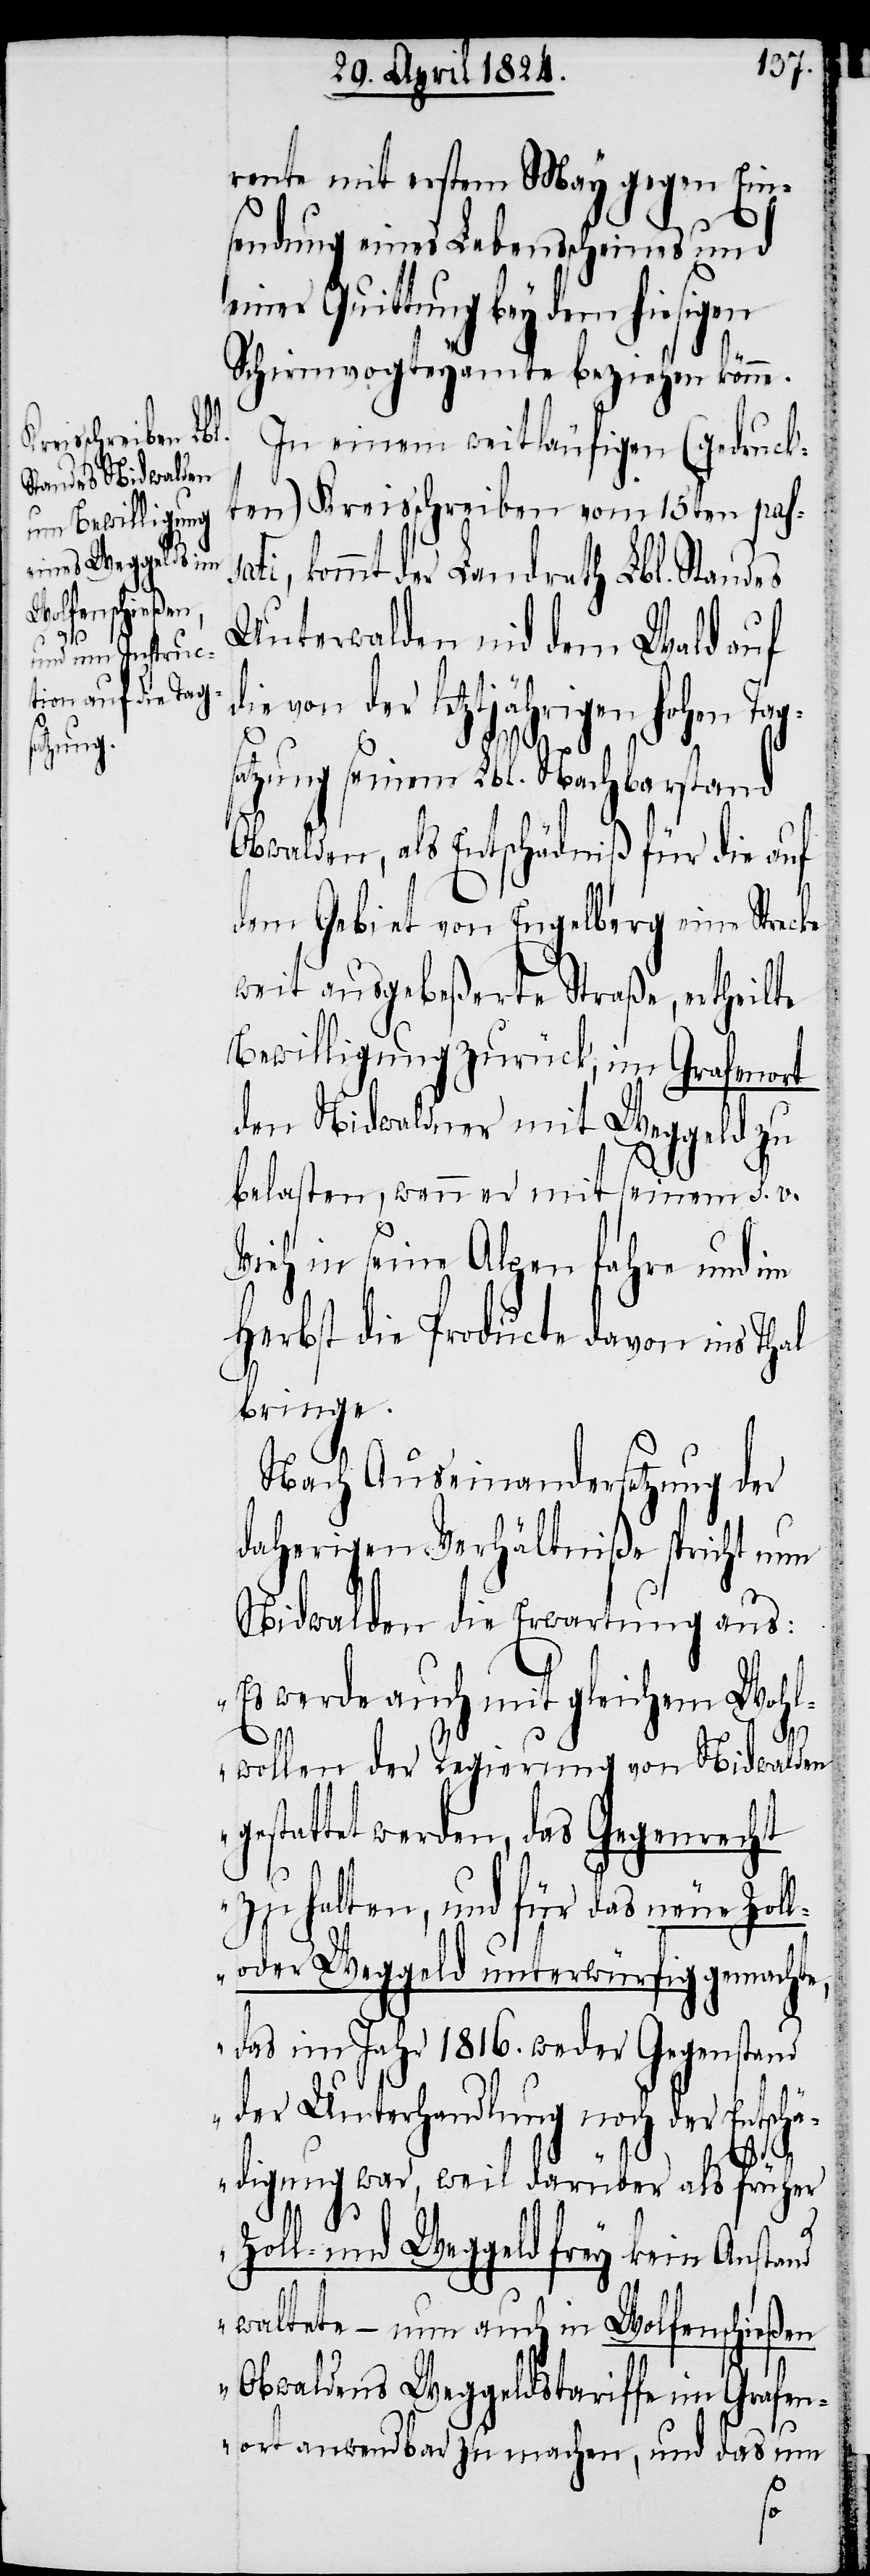
rente mit erstem May gegen Ein¬
sendung eines Lebensscheines und
einer Quittung bey dem hiesigen
Schirmvogteyamte beziehen könne.
In einem weitläufigen (gedruck¬
ten) Kreisschreiben vom 15ten pas¬
i, kommt der Landrath Lbl. Standes
Unterwalden nid dem Wald auf
die von der letztjährigen hohen Tag¬
satzung seinem Lbl. Nachbarstand
Obwalden, als Entschädniß für die Auf
dem Gebiet von Engelberg eine Strecke
weit ausgebeßerte Straße, ertheilte
Bewilligung zurück, im Grafmort
den Nidwaldner mit Weggeld zu
belasten, wenn er mit seinem s. v.
Vieh in seine Alpen fahre und im
Herbst die Producte davon ins Thal
bringe.
Nach Auseinandersetzung der
daherigen Verhältniße spricht nun
Nidwalden die Erwartung aus:
„Es werde auch mit gleichem Wohl¬
wollen der Regierung von Nidwalden
gestattet werden, das Gegenrecht
zu halten, und für das neue Zoll-
oder Weggeld unterwürfig gemachte,
das im Jahr 1816. weder Gegenstand
der Unterhandlung noch der Entschä¬
sat¬
digung war, weil darüber als früher
Zoll- und Weggeld frey kein Anstand
waltete – nun auch Wolfenschießen
Obwaldens Weggeldstariffe im Grafen¬
ort anwendbar zu machen, und das um